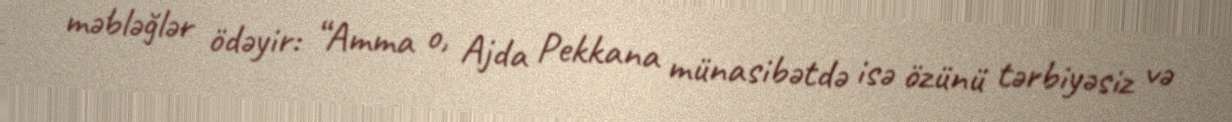
məbləğlər ödəyir: “Amma o, Ajda Pekkana münasibətdə isə özünü tərbiyəsiz və